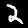
Label: 2